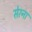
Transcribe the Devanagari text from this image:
सेरना